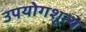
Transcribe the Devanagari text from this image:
उपयोगशून्य